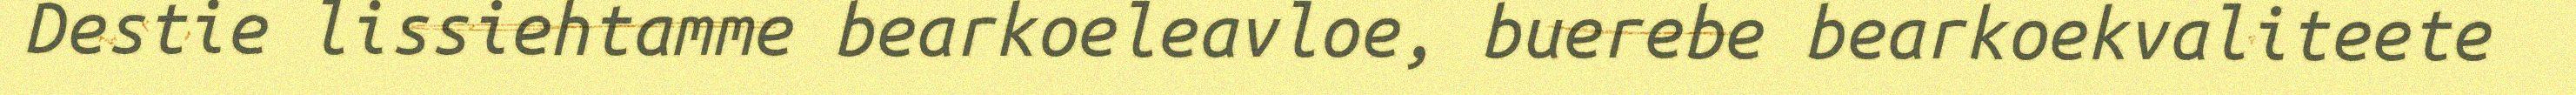
Destie lissiehtamme bearkoeleavloe, buerebe bearkoekvaliteete